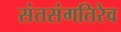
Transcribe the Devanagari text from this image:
संतसंगतिरेव